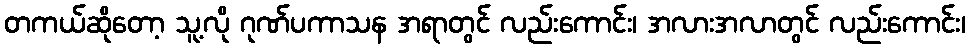
တကယ်ဆိုတော့ သူ့လို ဂုဏ်ပကာသန အရာတွင် လည်းကောင်း၊ အလားအလာတွင် လည်းကောင်း၊